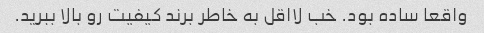
واقعا ساده بود. خب لااقل به خاطر برند کیفیت رو بالا ببرید.